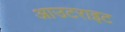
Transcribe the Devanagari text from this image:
आउटराइट